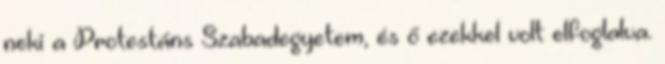
neki a Protestáns Szabadegyetem, és ő ezekkel volt elfoglalva.